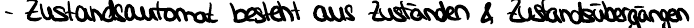
- Zustandsautomat besteht aus Zuständen & Zustandsübergängen